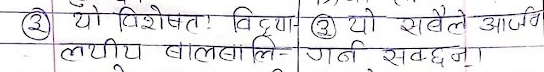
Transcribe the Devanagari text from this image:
(3) यो विशेषतः विद्या (3) यो सबैले आजिवि
लचीय बालबालि- गर्न सक्छन्